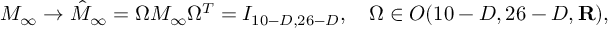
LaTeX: M _ { \infty } \to \hat { M } _ { \infty } = \Omega M _ { \infty } \Omega ^ { T } = I _ { 1 0 - D , 2 6 - D } , \ \ \ \Omega \in O ( 1 0 - D , 2 6 - D , { \bf R } ) ,